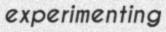
experimenting